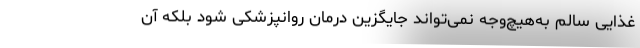
غذایی سالم به‌هیچ‌وجه نمی‌تواند جایگزین درمان روانپزشکی شود بلکه آن